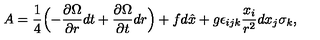
A = \frac { 1 } { 4 } \Bigl ( - \frac { \partial \Omega } { \partial r } d t + \frac { \partial \Omega } { \partial t } d r \Bigr ) + f d \hat { x } + g \epsilon _ { i j k } \frac { x _ { i } } { r ^ { 2 } } d x _ { j } \sigma _ { k } ,